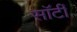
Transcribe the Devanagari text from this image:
साॅर्टी